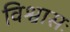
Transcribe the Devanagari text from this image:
विश्वासः